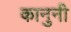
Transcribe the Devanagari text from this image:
कानुनी